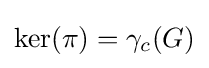
\ker(\pi )=\gamma _{c}(G)